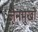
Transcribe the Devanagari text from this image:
जैनमुखी